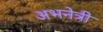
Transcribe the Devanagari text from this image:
अभनेत्री